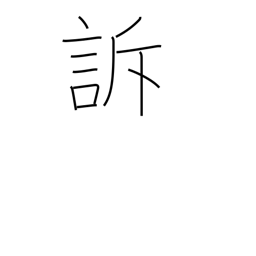
Meaning: complain of pain